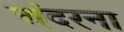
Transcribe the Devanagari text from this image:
अंदरना